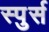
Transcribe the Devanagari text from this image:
स्पुर्स